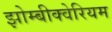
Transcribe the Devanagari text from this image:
झोम्बीक्वेरियम